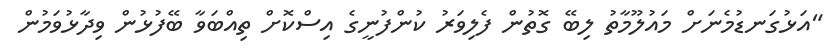
"އަޅުގަނޑުމެނަށް މައުލޫމާތު ލިބޭ ގޮތުން ފެލިވަރު ކުންފުނީގެ އިސްކޮށް ތިއްބަވާ ބޭފުޅުން ވިދާޅުވަމުން